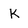
Character: K